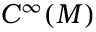
C ^ { \infty } ( M )